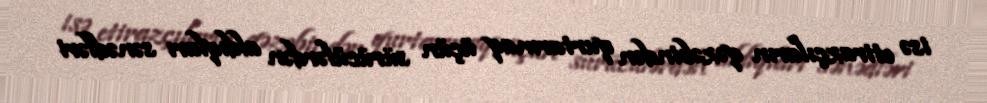
isə etirazçıların qəzəbindən qurtarmaq üçün sürücülərdən aldıqları sənədləri